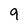
Character: 9